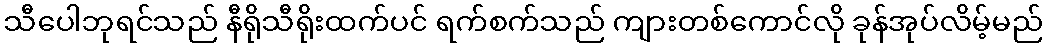
သီပေါဘုရင်သည် နီရိုသီရိုးထက်ပင် ရက်စက်သည် ကျားတစ်ကောင်လို ခုန်အုပ်လိမ့်မည်